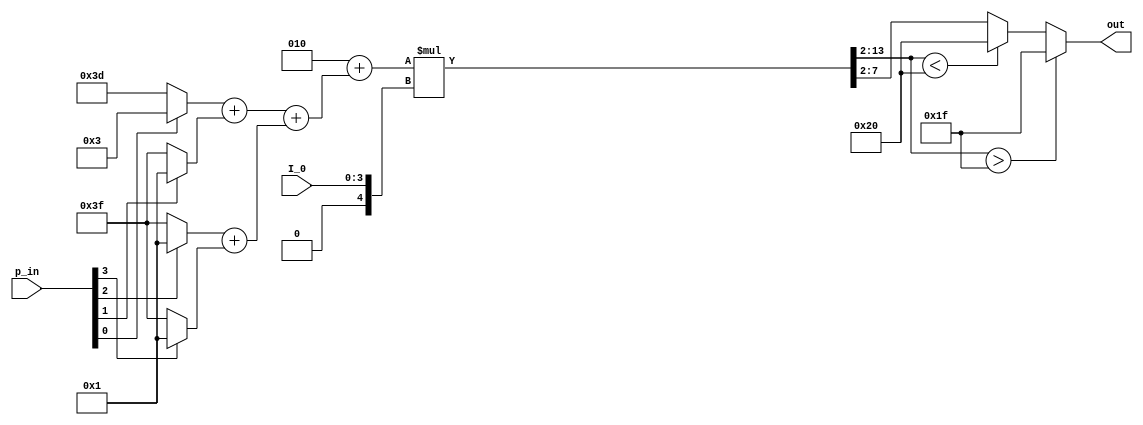
// Alex Hoffman, McGill University
// out returns I_i(t), the scaled sum of weighted p_bits: out = I_0*(h + sum(w*p_in))
module mac(p_in, I_0, out);

parameter N_NEIGHBORS=4, WEIGHT_PRECISION=6, H=6'd2, W={6'd1, 6'd1, 6'd1, 6'd3};
localparam OUT_PRECISION = 6;
localparam signed max_threshold = $signed({1'b0,{OUT_PRECISION-1{1'b1}}}); // sets thresholds based on weight precision parameters
localparam signed min_threshold = $signed({1'b1,{OUT_PRECISION-1{1'b0}}}); // assumes weight threshold == output threshold

input [N_NEIGHBORS-1:0] p_in;   // input p bits
input [3:0] I_0; // unsigned scaling. fixed point [2][2]
output reg signed [OUT_PRECISION-1:0] out;
reg signed [WEIGHT_PRECISION-1:0] weighted_p[N_NEIGHBORS-1:0];
reg signed [WEIGHT_PRECISION+3:0] weighted_sum,a,b,c;  // max 16 connections
reg signed [WEIGHT_PRECISION+7:0] scaled_sum;  // max 16 connections; scqled by 4 bit I_0, then shifted two back right
reg signed [WEIGHT_PRECISION+7:0] scaled_sum_preshift; // for debugging
// multiply p bits with weights in combinational logic
integer i;
always @(*)
begin
    // multiply weights by pbits. pbit of zero corresponds to -1. should synthesize to mux
    for (i = 0; i < N_NEIGHBORS; i = i + 1) begin // start from weight 1 because weight 0 is the constant offset
        if (p_in[i] == 1'b1) begin
            weighted_p[i] = W[WEIGHT_PRECISION*i +: WEIGHT_PRECISION]; // verilog requires constant vector size so have to use "variable part select" notation
        end else begin
            weighted_p[i] = ~W[WEIGHT_PRECISION*i +: WEIGHT_PRECISION] + 1; // p_bit == 0 represents -1, so negate the weight
        end
    end

    // sum weighted bits
    // This implementation is inefficient in area because it adds the values sequentially with independent adders. Could reuse adder 
    // but would need synchronous design
    // TODO: can make this O(log(n)) delay by branching the summations sum = (a+b) + (c+d) 
    weighted_sum = $signed(H);
    // for (i = 0; i < N_NEIGHBORS; i = i + 1) begin
    //     // doing manual sign extension
    //     weighted_sum = weighted_sum + $signed(weighted_p[i]); //{{4{weighted_p[i][WEIGHT_PRECISION-1]}}, weighted_p[i]};   // blocking addition because we need cumulative sum
    // end
    a = weighted_p[0] + weighted_p[1];
    b = weighted_p[2] + weighted_p[3];
    c = a+b;
    weighted_sum = weighted_sum + c;

    // scale with I_0
    // scaled_sum_preshift = $signed(weighted_sum * $signed(I_0));
    scaled_sum_preshift = weighted_sum * $signed({1'b0,I_0});
    scaled_sum = scaled_sum_preshift>>>2; // multiply by scaling. scaled sum is 

    // Thresholding of scaled sum
    if (scaled_sum > max_threshold) begin
        out = max_threshold; 
    end else if( scaled_sum < min_threshold) begin
        out = min_threshold;
    end else begin
        out = scaled_sum[OUT_PRECISION-1:0];
    end
end
endmodule


`timescale 1ns/1ps
module mac_tb();
// localparam N_NEIGHBORS=4, WEIGHT_PRECISION=3, H=3'd3, W={3'd3,3'd3,3'd3,3'd3}; //W={-3'd4,-3'd4,-3'd4,-3'd4};
localparam N_NEIGHBORS=4, WEIGHT_PRECISION=6, H=6'd3, W={6'd3,6'd3,6'd3,6'd3};
reg[N_NEIGHBORS-1:0] p_in;   // input p bits
reg[3:0] I_0;
wire[5:0] out;
 
mac#(N_NEIGHBORS, WEIGHT_PRECISION, H, W) dut(p_in, I_0, out);

integer i;
initial begin
    p_in <= 4'b1111; I_0 <= 4'd15; #10;
    // for (i=0; i<=3; i = i + 1)  begin
    //     w[i] <= 6'd1;
    // end
    #10; I_0 <= 4'd1;
    #10; I_0 <= 4'd3;
    #10; I_0 <= 4'd4;
    #10; I_0 <= 4'd6;
    #10; I_0 <= 4'd7;
    #10; I_0 <= 4'd8;
    #10; I_0 <= 4'd9;
    #10; I_0 <= 4'd11;
    #10; I_0 <= 4'd15;
    #10; p_in <= 4'b0000;
    #10; I_0 <= 4'd1;
    #10; I_0 <= 4'd3;
    #10; I_0 <= 4'd4;
    #10; I_0 <= 4'd6;
    #10; I_0 <= 4'd7;
    #10; I_0 <= 4'd8;
    #10; p_in <= 4'b1111;
    #10; p_in <= 4'b1011;
    #10; p_in <= 4'b1000;
end 
endmodule